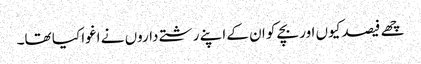
چھے فیصد کیوں اور بچے کو ان کے اپنے رشتے داروں نے اغوا کیا تھا۔